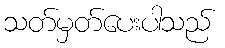
သတ်မှတ်ပေးပါသည်